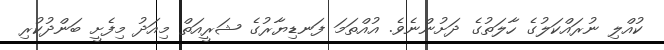
ކުއްލި ނުރައްކަލުގެ ހާލަތުގެ ދަށުންނެވެ. އުއްތަމަ ފަނޑިޔާރުގެ ޝަރީއަތް މިއަދު މިފެށީ ބަންދުކުރި